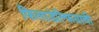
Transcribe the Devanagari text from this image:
फिलाडेल्फियाची